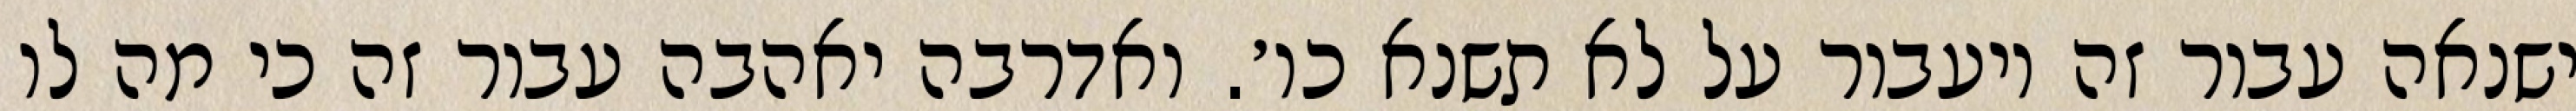
ישנאה עבור זה ויעבור על לא תשנא כו׳. ואדרבה יאהבה עבור זה כי מה לו